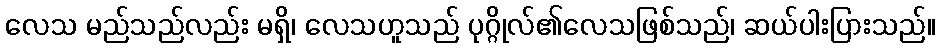
လေသ မည်သည်လည်း မရှိ၊ လေသဟူသည် ပုဂ္ဂိုလ်၏လေသဖြစ်သည်၊ ဆယ်ပါးပြားသည်။